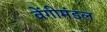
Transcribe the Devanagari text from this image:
वेंगीमंडल